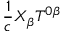
\frac { 1 } { c } X _ { \beta } T ^ { 0 \beta }